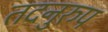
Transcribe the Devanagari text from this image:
तदनुरुप